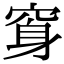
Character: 䆤